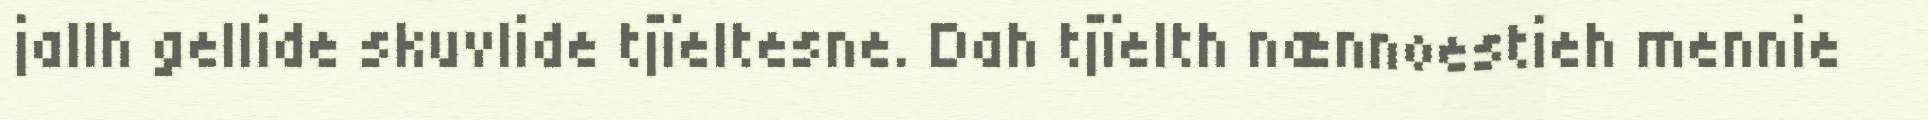
jallh gellide skuvlide tjïeltesne. Dah tjïelth nænnoestieh mennie